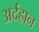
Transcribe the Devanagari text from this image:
अर्दहान